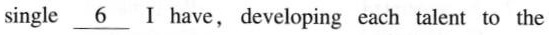
single \underline{6}